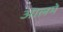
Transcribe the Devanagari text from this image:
आलमे